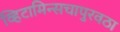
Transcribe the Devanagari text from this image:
व्हिटामिन्सचापुरवठा